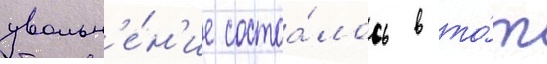
увольн'е́н'ие состоа́лось в то́т